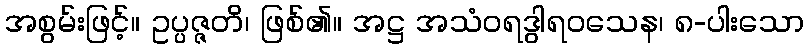
အစွမ်းဖြင့်။ ဥပ္ပဇ္ဇတိ၊ ဖြစ်၏။ အဋ္ဌ အသံဝရဒွါရဝသေန၊ ၈-ပါးသော